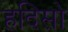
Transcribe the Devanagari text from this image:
हदिसो